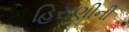
હિરાણીની